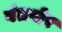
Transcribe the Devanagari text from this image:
वंतपोर